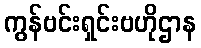
ကွန်ဗင်းရှင်းဗဟိုဌာန